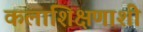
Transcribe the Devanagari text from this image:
कलाशिक्षणाशी